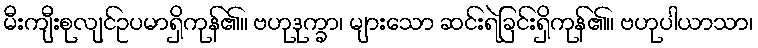
မီးကျီးစုလျင်ဥပမာရှိကုန်၏။ ဗဟုဒုက္ခာ၊ များသော ဆင်းရဲခြင်းရှိကုန်၏။ ဗဟုပါယာသာ၊